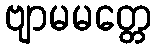
ဗျာမမတ္တေ